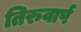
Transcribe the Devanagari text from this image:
तिरुवार्प